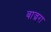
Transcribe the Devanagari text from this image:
बाज्ररा